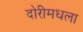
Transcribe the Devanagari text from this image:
दोरीमधला